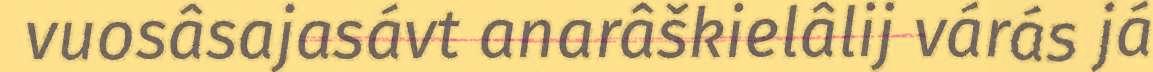
vuosâsajasávt anarâškielâlij várás já